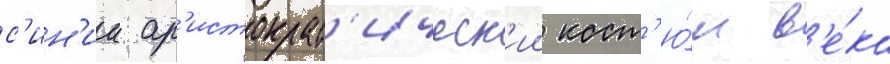
с'ин'ии ар'истократ'ическ'ии кост'ю́м в'е́ка